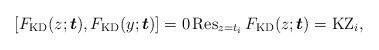
LaTeX: \begin{gather*}[F_{\rm KD}(z;{\boldsymbol{t}}),F_{\rm KD}(y;{\boldsymbol{t}})] =0 \operatorname{Res}_{z=t_i}F_{\rm KD}(z;{\boldsymbol{t}})= {\rm KZ}_{i},\end{gather*}